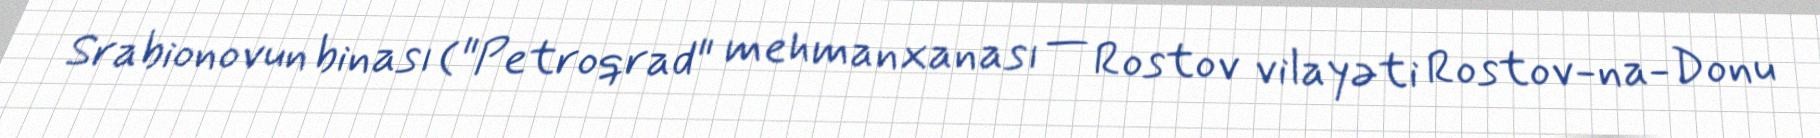
Srabionovun binası ("Petroqrad" mehmanxanası — Rostov vilayəti Rostov-na-Donu